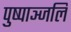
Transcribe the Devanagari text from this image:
पुष्पाञ्जलि